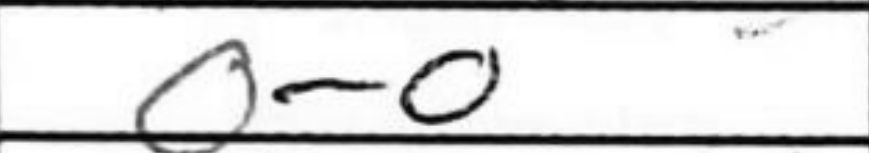
Transcription: O-O